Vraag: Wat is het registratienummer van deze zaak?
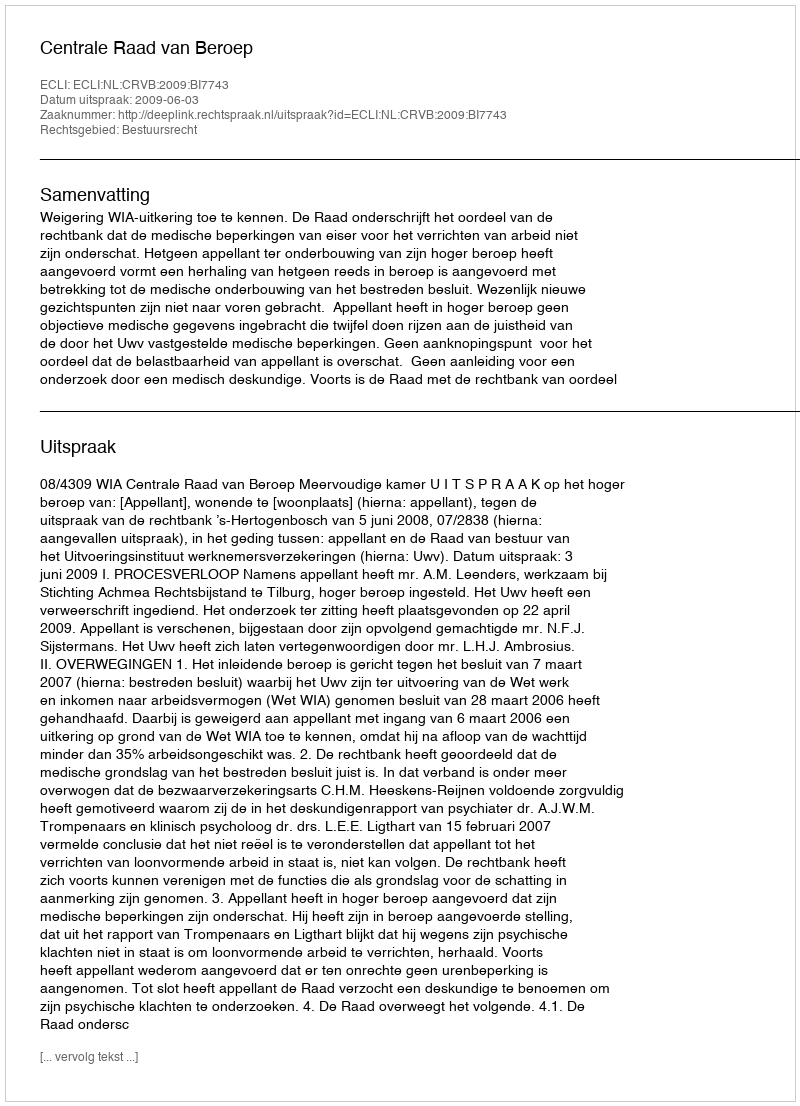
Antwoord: http://deeplink.rechtspraak.nl/uitspraak?id=ECLI:NL:CRVB:2009:BI7743